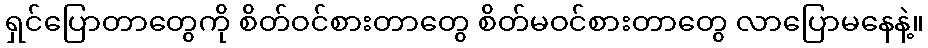
ရှင်ပြောတာတွေကို စိတ်ဝင်စားတာတွေ စိတ်မဝင်စားတာတွေ လာပြောမနေနဲ့။